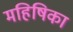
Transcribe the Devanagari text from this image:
महिषिका